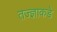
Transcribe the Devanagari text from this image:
तज्‍ज्ञाकडे